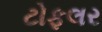
ટોફલર